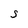
Character: S